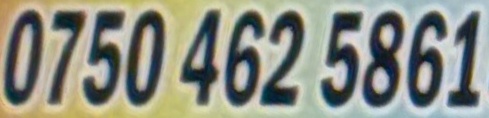
0750 462 5861